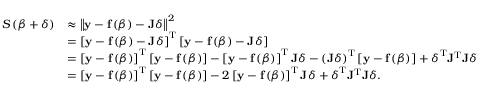
{ \begin{array} { r l } { S \left( { \boldsymbol { \beta } } + { \boldsymbol { \delta } } \right) } & { \approx \left\| \mathbf { y } - \mathbf { f } \left( { \boldsymbol { \beta } } \right) - \mathbf { J } { \boldsymbol { \delta } } \right\| ^ { 2 } } \\ & { = \left[ \mathbf { y } - \mathbf { f } \left( { \boldsymbol { \beta } } \right) - \mathbf { J } { \boldsymbol { \delta } } \right] ^ { \mathrm { T } } \left[ \mathbf { y } - \mathbf { f } \left( { \boldsymbol { \beta } } \right) - \mathbf { J } { \boldsymbol { \delta } } \right] } \\ & { = \left[ \mathbf { y } - \mathbf { f } \left( { \boldsymbol { \beta } } \right) \right] ^ { \mathrm { T } } \left[ \mathbf { y } - \mathbf { f } \left( { \boldsymbol { \beta } } \right) \right] - \left[ \mathbf { y } - \mathbf { f } \left( { \boldsymbol { \beta } } \right) \right] ^ { \mathrm { T } } \mathbf { J } { \boldsymbol { \delta } } - \left( \mathbf { J } { \boldsymbol { \delta } } \right) ^ { \mathrm { T } } \left[ \mathbf { y } - \mathbf { f } \left( { \boldsymbol { \beta } } \right) \right] + { \boldsymbol { \delta } } ^ { \mathrm { T } } \mathbf { J } ^ { \mathrm { T } } \mathbf { J } { \boldsymbol { \delta } } } \\ & { = \left[ \mathbf { y } - \mathbf { f } \left( { \boldsymbol { \beta } } \right) \right] ^ { \mathrm { T } } \left[ \mathbf { y } - \mathbf { f } \left( { \boldsymbol { \beta } } \right) \right] - 2 \left[ \mathbf { y } - \mathbf { f } \left( { \boldsymbol { \beta } } \right) \right] ^ { \mathrm { T } } \mathbf { J } { \boldsymbol { \delta } } + { \boldsymbol { \delta } } ^ { \mathrm { T } } \mathbf { J } ^ { \mathrm { T } } \mathbf { J } { \boldsymbol { \delta } } . } \end{array} }